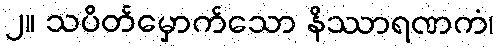
၂။ သပိတ်မှောက်သော နိဿာရဏကံ၊